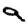
Digit: 9